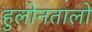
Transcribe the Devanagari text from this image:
हुलोनतालो